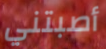
أصبتني